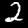
Label: 2